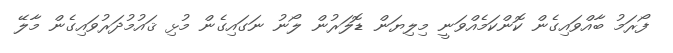
ފޯރަމު ބާއްވައިގެން ކޮންކަމެއްވަނީ މިލިޔަން ޑޮލަރުން ލޯނު ނަގައިގެން މުޅި ޤައުމުދަރުވައިގެން މާލޭ